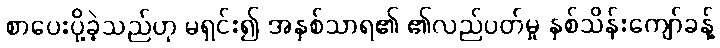
စာပေးပို့ခဲ့သည်ဟု မရှင်း၍ အနှစ်သာရ၏ ၏လည်ပတ်မှု နှစ်သိန်းကျော်ခန့်